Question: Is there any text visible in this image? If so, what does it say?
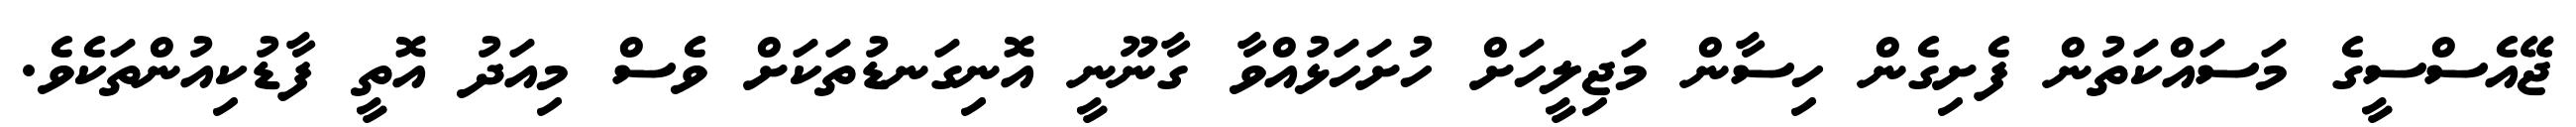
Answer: ޖޭއެސްސީގެ މަސައްކަތުން ފެށިގެން ހިސާން މަޖިލީހަށް ހުށަހަޅުއްވާ ގާނޫނީ އޮނިގަނޑުތަކަށް ވެސް މިއަދު އޮތީ ފާޑުކިއުންތަކެވެ.